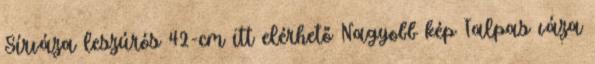
Sírváza leszúrós 42-cm itt elérhető Nagyobb kép Talpas váza